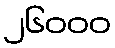
၂၆၀၀၀